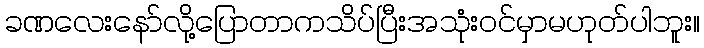
ခဏလေးနော်လို့ပြောတာကသိပ်ပြီးအသုံးဝင်မှာမဟုတ်ပါဘူး။